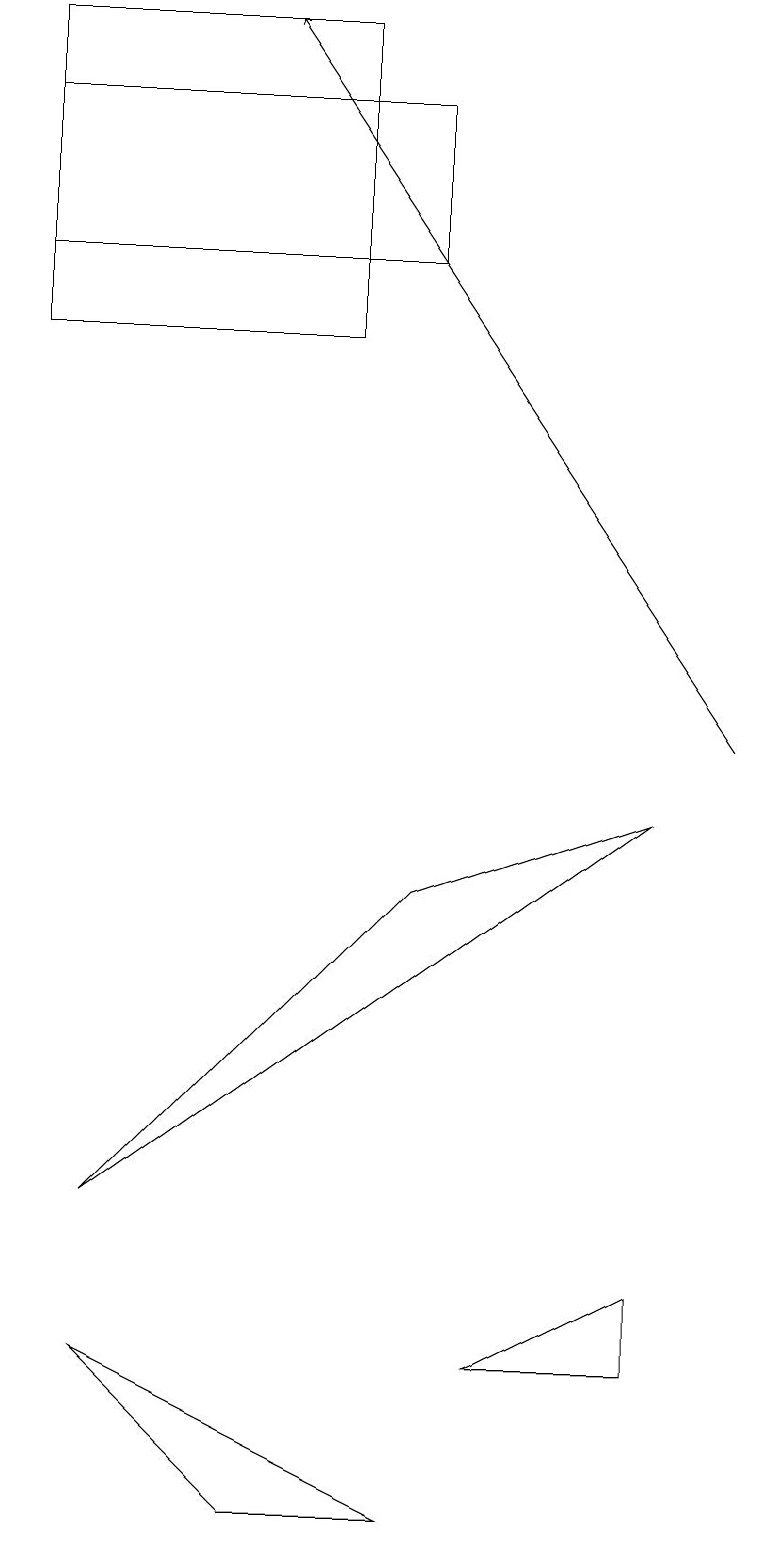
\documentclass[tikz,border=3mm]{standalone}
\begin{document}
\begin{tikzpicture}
\draw (4,19) rectangle (0,15);
\draw (6,2) -- (8,2) -- (8,3) -- cycle;
\draw (0,18) rectangle (5,16);
\draw (3,0) -- (5,0) -- (1,2) -- cycle;
\draw[->] (9,10) -- (3,19);
\draw (5,8) -- (8,9) -- (1,4) -- cycle;
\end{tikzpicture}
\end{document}